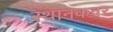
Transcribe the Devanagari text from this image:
स्थानकवर